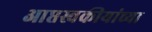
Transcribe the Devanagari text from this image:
आप्तस्वकीयांच्या